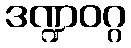
ဒဏ္ဍဝဂ္ဂ